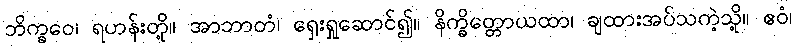
ဘိက္ခဝေ၊ ရဟန်းတို့။ အာဘာတံ၊ ရှေးရှုဆောင်၍။ နိက္ခိတ္တောယထာ၊ ချထားအပ်သကဲ့သို့။ ဧဝံ၊